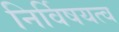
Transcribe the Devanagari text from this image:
निर्विषयत्व